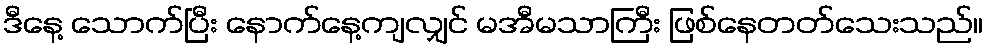
ဒီနေ့ သောက်ပြီး နောက်နေ့ကျလျှင် မအီမသာကြီး ဖြစ်နေတတ်သေးသည်။